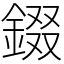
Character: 錣